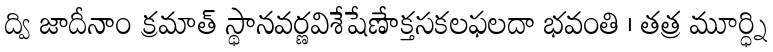
ద్వి జాదీనాం క్రమాత్ స్థానవర్ణవిశేషేణేాక్తసకలఫలదా భవంతి । తత్ర మూర్ధ్ని